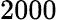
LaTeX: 2000